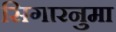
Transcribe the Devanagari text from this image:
सिगारनुमा